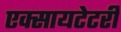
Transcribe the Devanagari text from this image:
एक्सायटेटरी